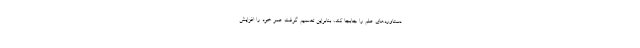
دستاوردهای علم را جابجا کند، بنابراین تصمیم گرفت عمر خود را افزایش